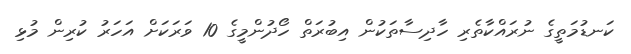
ކަނޑުމަތީގެ ނުރައްކާތެރި ހާދިސާތަކުން އިބުރަތް ހޯދުންމީގެ 10 ވަރަކަށް އަހަރު ކުރިިން މުޅި